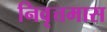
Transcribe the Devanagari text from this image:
निवृत्तमास